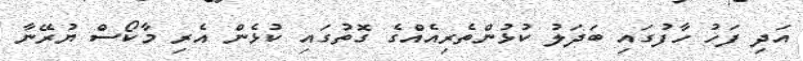
އަދި ފަހު ހާފުގައި ބަދަލު ކުޅުންތެރިއެއްގެ ގޮތުގައި ކުޅެން އެރި މާކޯސް ޔުރޭނާ